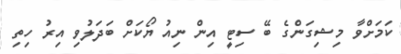
ކަމަށްވާ މިޝިގަންގެ ބޭ ސިޓީ އިން ނިއު ޔޯކަށް ބަދަލުވި އިރު ހިތި